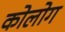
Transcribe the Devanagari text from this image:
कोलोग